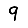
Digit: 9